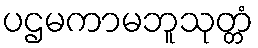
ပဌမကာမဘူသုတ္တံ